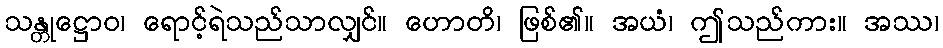
သန္တုဋ္ဌောဝ၊ ရောင့်ရဲသည်သာလျှင်။ ဟောတိ၊ ဖြစ်၏။ အယံ၊ ဤသည်ကား။ အဿ၊